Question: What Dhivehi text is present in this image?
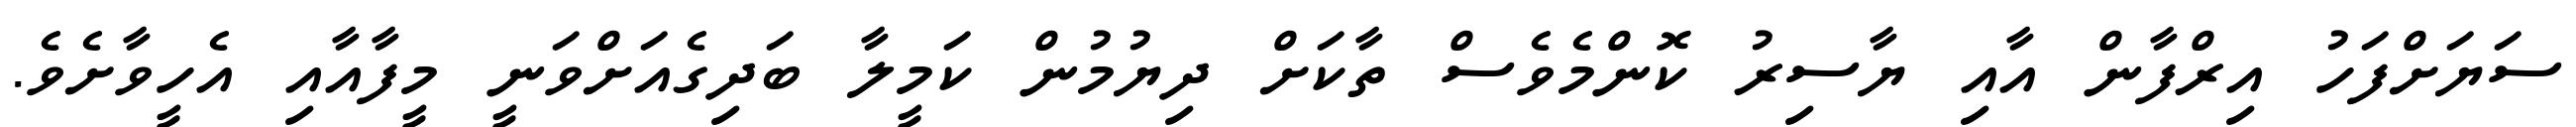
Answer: ސަޔަށްފަހު އިރްފާން އާއި ޔާސިރު ކޮންމެވެސް ތާކަށް ދިޔުމުން ކަމީލާ ބަދިގެއަށްވަނީ މީފާއާއި އެހީވާށެވެ.